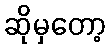
ဆိုမှတော့